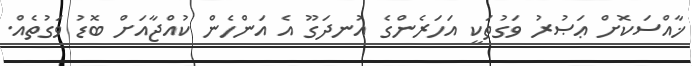
ޚާއްސަކޮށް ޢަޞުރު ވަގުތަކީ އަހަރެންގެ އުނދަގޫ އެ އަންހެން ކުއްޖާއަށް ބޮޑު ވަގުތެއް.